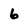
Character: 6